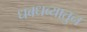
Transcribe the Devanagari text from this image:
धबधब्यातुन